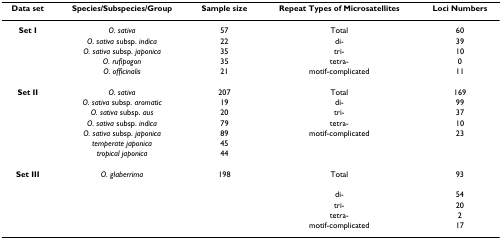
| Data set | Species/Subspecies/Group | Sample size | Repeat Types of Microsatellites | Loci Numbers |
 | --- | --- | --- | --- | --- |
 | Set I | O. sativa | 57 | Total | 60 |
 |  | O. sativa subsp. indica | 22 | di- | 39 |
 |  | O. sativa subsp. japonica | 35 | tri- | 10 |
 |  | O. rufipogon | 35 | tetra- | 0 |
 |  | O. officinalis | 21 | motif-complicated | 11 |
 | Set II | O. sativa | 207 | Total | 169 |
 |  | O. sativa subsp. aromatic | 19 | di- | 99 |
 |  | O. sativa subsp. aus | 20 | tri- | 37 |
 |  | O. sativa subsp. indica | 79 | tetra- | 10 |
 |  | O. sativa subsp. japonica | 89 | motif-complicated | 23 |
 |  | temperate japonica | 45 |  |  |
 |  | tropical japonica | 44 |  |  |
 | Set III | O. glaberrima | 198 | Total | 93 |
 |  |  |  | di- | 54 |
 |  |  |  | tri- | 20 |
 |  |  |  | tetra- | 2 |
 |  |  |  | motif-complicated | 17 |